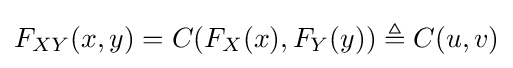
F_{XY}(x,y)=C(F_{X}(x),F_{Y}(y))\triangleq C(u,v)